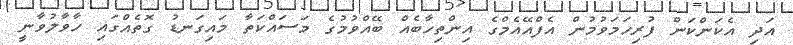
އަދި އެކަންކަން ފުރިހަމަވުމުން އެފްއޭއެމްގެ އިންތިހާބެއް ބޭއްވުމުގެ މަސައްކަތާ މައިގަނޑު ގޮތެއްގައި ހާވާލުވާނީ